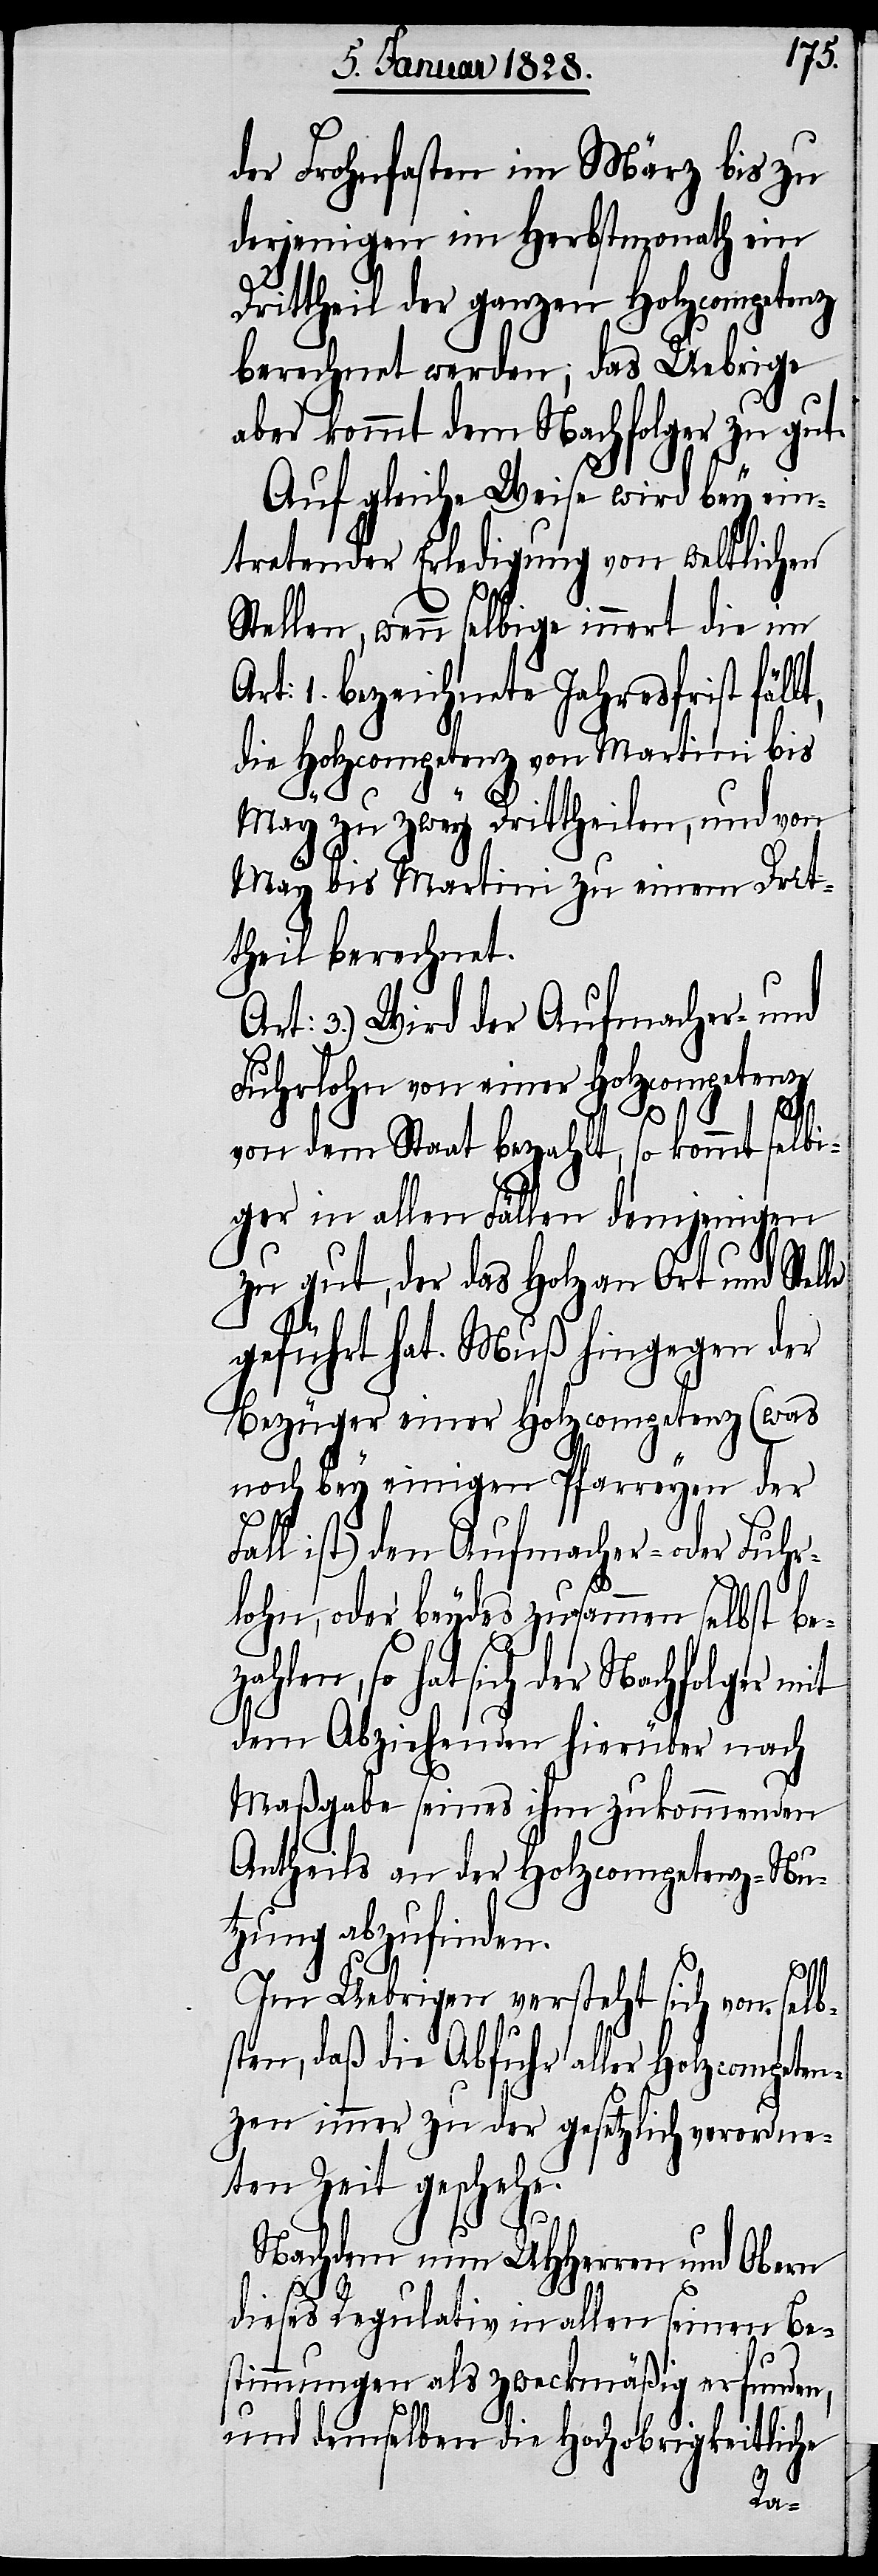
der Frohnfasten im März bis zu
derjenigen im Herbstmonath ein
Drittheil der ganzen Holzcompetenz
berechnet werden; das Uebrige
aber kommt dem Nachfolger zu gut.
Auf gleiche Weise wird bey ein¬
tretender Erledigung von weltlichen
Stellen, wenn selbige innert die im
rt: 1. bezeichnete Jahresfrist fäll¬
die Holzcompetenz von Martini bis
le
May zu zwey Drittheilen, und von
May bis Martini zu einem Drit¬
theil berechnet.
Art: 3.) Wird der Aufmacher- und
t,
Fuhrlohn von einer Holzcompetenz
von dem Staat bezahlt, so kommt selbi¬
ger in allen Fällen demjenigen
zu gut, der das Holz an Ort und Stel¬
geführt hat. Muß hingegen der
Bezüger einer Holzcompetenz (was
noch bey einigen Pfarreyen der
ll ist) den Aufmacher- oder Fuhr¬
lohn, oder beydes zusammen selbst bez¬
ahlen, so hat sich der Nachfolger mit
dem Abziehenden hierüber nach
Maßgabe seines ihm zukommenden
Antheils an der Holzcompetenz-Nu¬
tzung abzufinden.
Im Uebrigen versteht sich von selb¬
sten, daß die Abfuhr aller Holzcompeten¬
zen immer zu der gesetzlich verordne¬
ten Zeit geschehe.
Nachdem nun UHHerren und Obern
dieses Regulativ in allen seinen Be¬
stimmungen als zweckmäßig erfunden,
und demselben die Hochobrigkeitliche
Fa¬